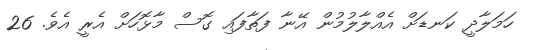
ހަމަލާދީ ކަނޑަށް އެއްލާލުމުން އޭނާ ފަތާފައި ގޮސް މާޅޮހަށް އެރީ އެވެ. 26